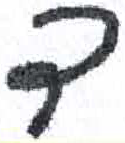
אות: ד